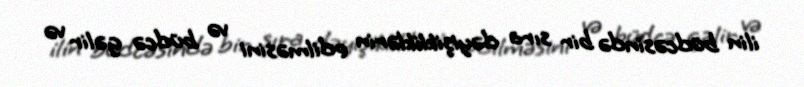
ilin büdcəsində bir sıra dəyişikliklərin edilməsini və büdcə gəlir və